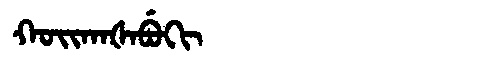
Manchu: ᡴᠣᡳᡴᠠᡧᠠᠪᡠᡴᡳ
Romanization: KOIKAŠABUKI